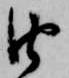
由